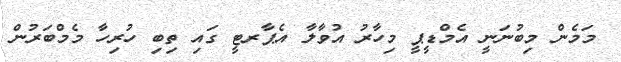
މަމެން މިބުނަނީ އެމްޑީޕީ މިހާރު އުވާލާ އެޕާރޓީ ގައި ތިބި ހުުރިހާ މެމްބަރުން